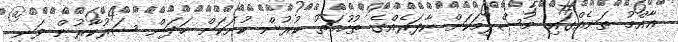
ޢާއްމު ތަނެއްގައި މުސްލިމަކަށް ކާފަރެއްގެ ތުހުމަތު ކުރުން ކުށަކަށް ހަދަން ސަރުކާރުން ވަނީ